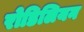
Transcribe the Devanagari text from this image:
रोडिलियन